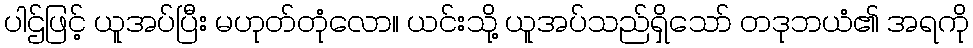
ပါဌ်ဖြင့် ယူအပ်ပြီး မဟုတ်တုံလော။ ယင်းသို့ ယူအပ်သည်ရှိသော် တဒုဘယံ၏ အရကို